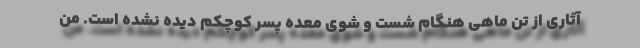
آثاری از تن ماهی هنگام شست و شوی معده پسر کوچکم دیده نشده است. من